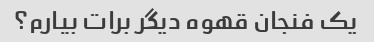
یک فنجان قهوه دیگر برات بیارم؟